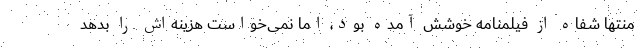
منتها شفاه از فیلمنامه خوشش آمده بود، اما نمی‌خواست هزینه‌اش را بدهد